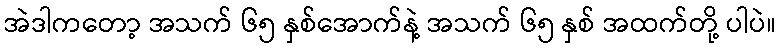
အဲဒါကတော့ အသက် ၆၅ နှစ်အောက်နဲ့ အသက် ၆၅ နှစ် အထက်တို့ ပါပဲ။